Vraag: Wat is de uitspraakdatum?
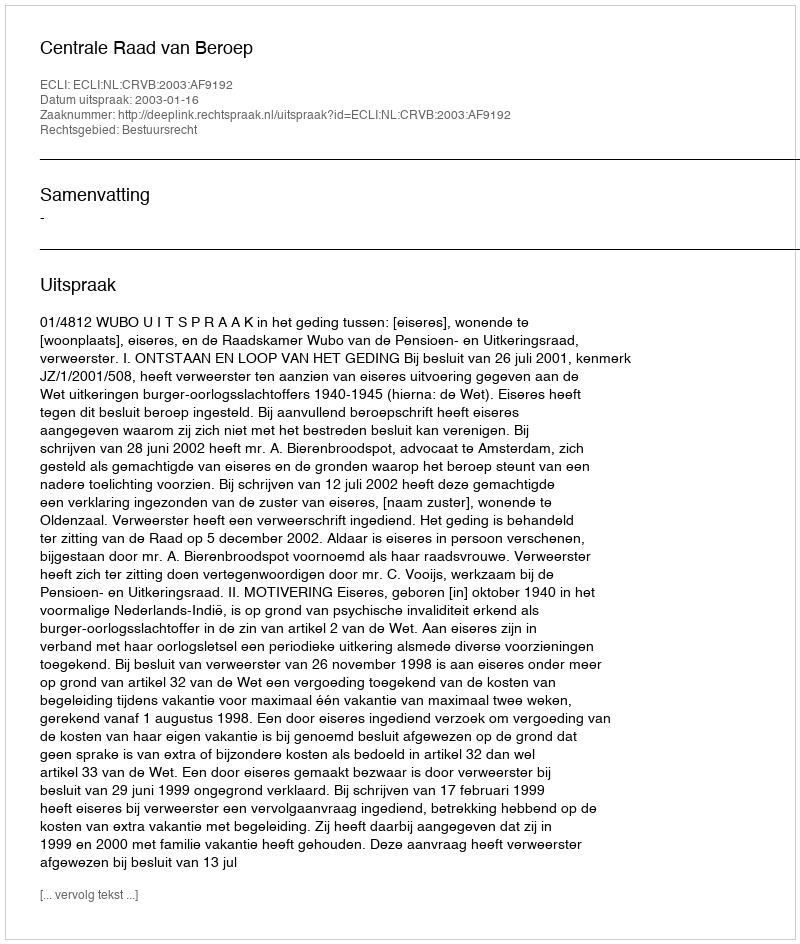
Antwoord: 2003-01-16